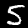
Digit: 5